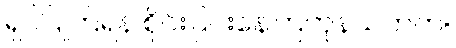
ရှင်ပြုကြရန် စိုင်းပြင်းနေကြကုန်သတတ်။